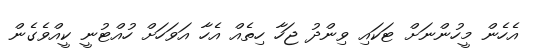
އެހެން މީހުންނަށް ޓަކައި ވިންދު ޖަހާ ހިތެއް އެހާ އަވަހަށް ހުއްޓުނީ ކީއްވެގެން